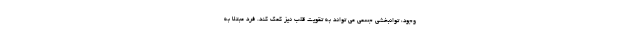
وجود، توانبخشی جسمی می تواند به تقویت قلب نیز کمک کند. فرد مبتلا به